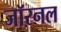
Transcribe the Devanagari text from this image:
जॉरनल